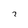
Character: 7